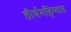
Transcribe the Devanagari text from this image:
तीर्थमहिम्यात